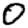
Digit: 0